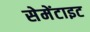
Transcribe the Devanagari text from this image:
सेमेंटाइट